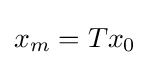
x_{m}=Tx_{0}